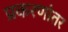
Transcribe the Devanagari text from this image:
प्रकरणांतर